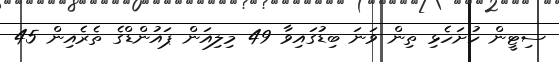
ސިޓީން ހުށަހެޅި ތިން ވަނަ ބިޑުގައިވާ 49 މިލިއަން ޕައުންޑްގެ ތެރެއިން 45